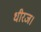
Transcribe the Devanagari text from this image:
धीरज।